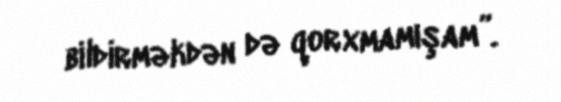
bildirməkdən də qorxmamışam”.